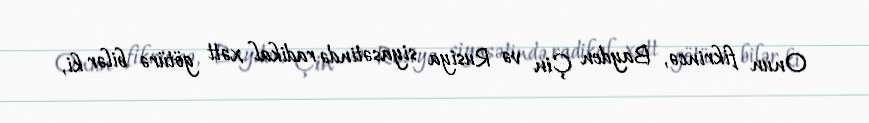
Onun fikrincə, Bayden Çin və Rusiya siyasətində radikal xətt götürə bilər ki,